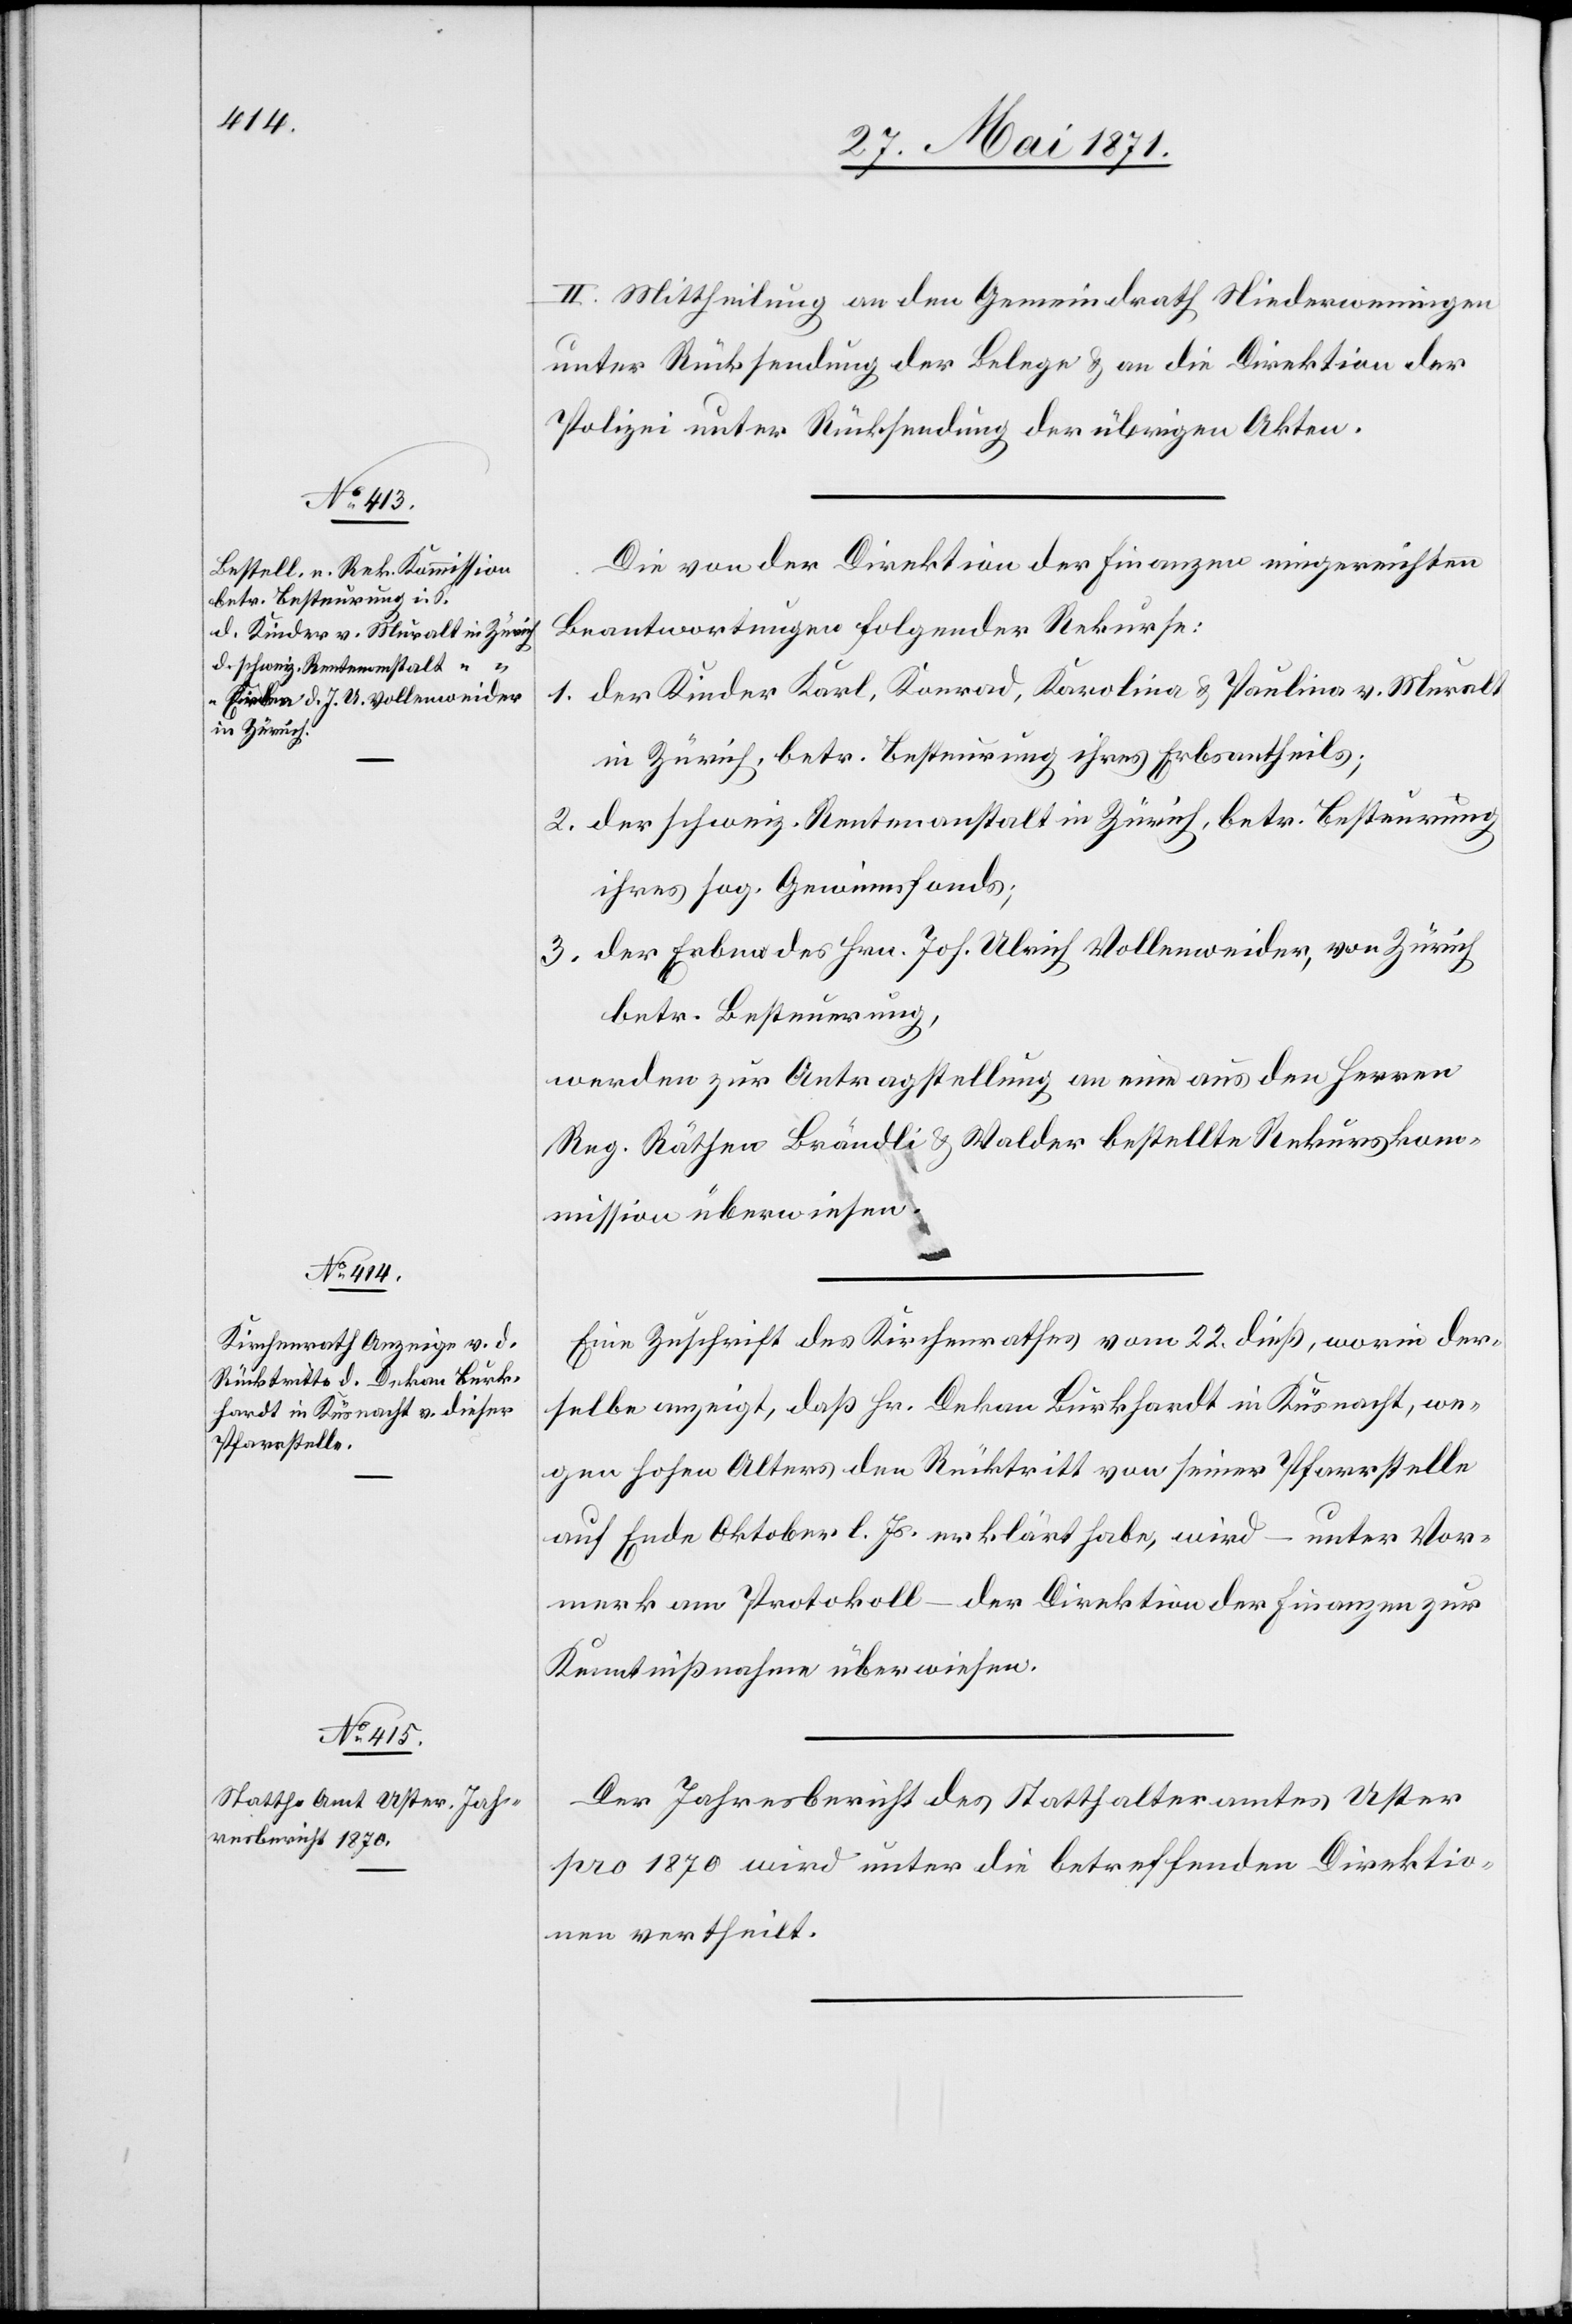
II. Mittheilung an den Gemeindrath Niederweningen
unter Rücksendung der Belege u. an die Direktion der
Polizei unter Rücksendung der übrigen Akten.
Die von der Direktion der Finanzen eingereichten
Beantwortungen folgender Rekurse:
1. der Kinder Karl, Konrad, Karolina u. Paulina v. Muralt
in Zürich, betr. Besteuerung ihres Erbsantheils;
2. der schweiz. Rentenanstalt in Zürich, betr. Besteuerung
ihres sog. Gewinnfonds;
3. der Erben des Hrn. Joh. Ulrich Vollenweider, von Zürich
betr. Besteuerung,
werden zur Antragstellung an eine aus den Herren
Reg. Räthen Brändli u. Walder bestellte Rekurskom¬
mission überwiesen.
Eine Zuschrift des Kirchenrathes vom 22. dieß, worin der¬
selbe anzeigt, daß Hr. Dekan Burkhardt in Küsnacht, we¬
gen hohen Alters den Rücktritt von seiner Pfarrstelle
auf Ende Oktober l. Js. erklärt habe, wird – unter Vor¬
merk am Protokoll – der Direktion der Finanzen zur
Kenntnißnahme überwiesen.
Der Jahresbericht des Statthalteramt Uster
pro 1870 wird unter die betreffenden Direktio¬
nen vertheilt.